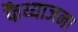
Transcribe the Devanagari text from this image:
फैय्याजना